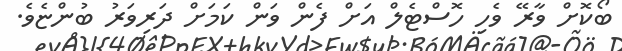
ބޯކޮށް ވާރޭ ވެހި ހޮސްޓެލް އަށް ފެން ވަން ކަމަށް ދަރިވަރު ބުންޏެވެ.